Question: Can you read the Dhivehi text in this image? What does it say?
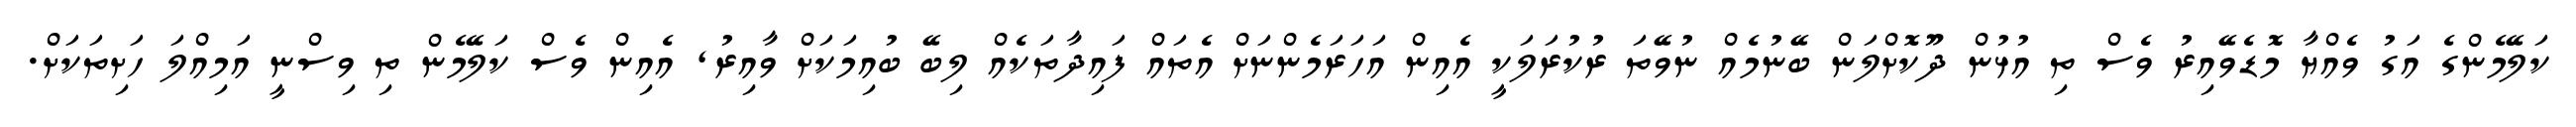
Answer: ކަލޭމެންގެ އަގު ވެއްޔާ މޮޑެވޭއިރު ވެސް ތި އުޅުން ދޫކޮށްލަން ބޭނުމެއް ނުވޭތަ ރުކުރަލަކީ އެއިން އަހަރަމެންނަށް އެތައް ފައިދާތަކެއް ލިބޭ ބުއިމަކަށް ވާއިރު, އެއިން ވެސް ކަލޭމެން ތި ވިސްނީ އަމިއްލަ ހަށިތަކަށް.